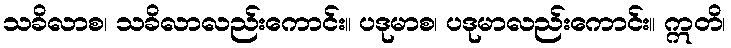
သခိလာစ၊ သခိလာလည်းကောင်း။ ပဒုမာစ၊ ပဒုမာလည်းကောင်း။ ဣတိ၊